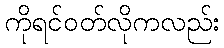
ကိုရင်ဝတ်လိုကလည်း